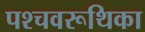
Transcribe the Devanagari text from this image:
पश्चवरूथिका